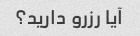
آیا رزرو دارید؟